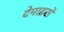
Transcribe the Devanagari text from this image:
देमाइसें